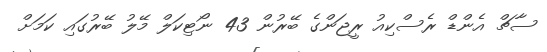
ސާޗް އެންޑް ރެސްކިއު ރީޖަންގެ ބޭރުން 43 ނޯޓިކަލް މޭލު ބޭރުގައި ކަމަށް